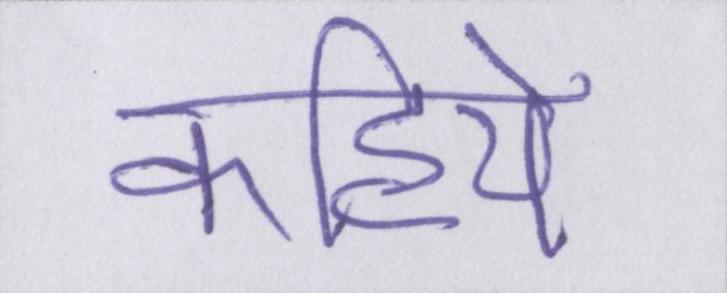
कहिये